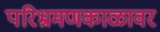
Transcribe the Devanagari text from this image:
परिभ्रमणकाळावर